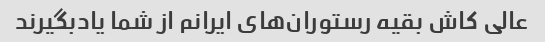
عالی کاش بقیه رستوران‌های ایرانم از شما یادبگیرند